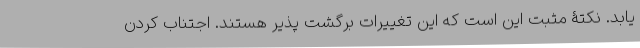
یابد. نکتۀ مثبت این است که این تغییرات برگشت پذیر هستند. اجتناب کردن